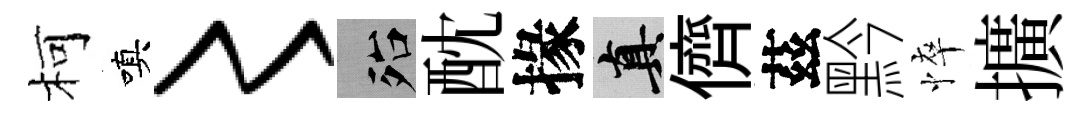
柯嗔〻殆酖掾真儕茲黔悴擴